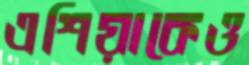
এশিয়াকেও